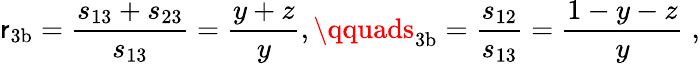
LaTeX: \mathsf{r}_{\mathrm{{3b}}}=\frac{{s_{13}+s_{23}}}{{s_{13}}}=\frac{{y+z}}{{y}},\qquads_{\mathrm{{3b}}}=\frac{{s_{12}}}{{s_{13}}}=\frac{{1-y-z}}{{y}}\; ,